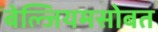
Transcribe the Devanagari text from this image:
बेल्जियमसोबत